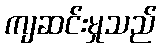
ကျဆင်းမှုသည်